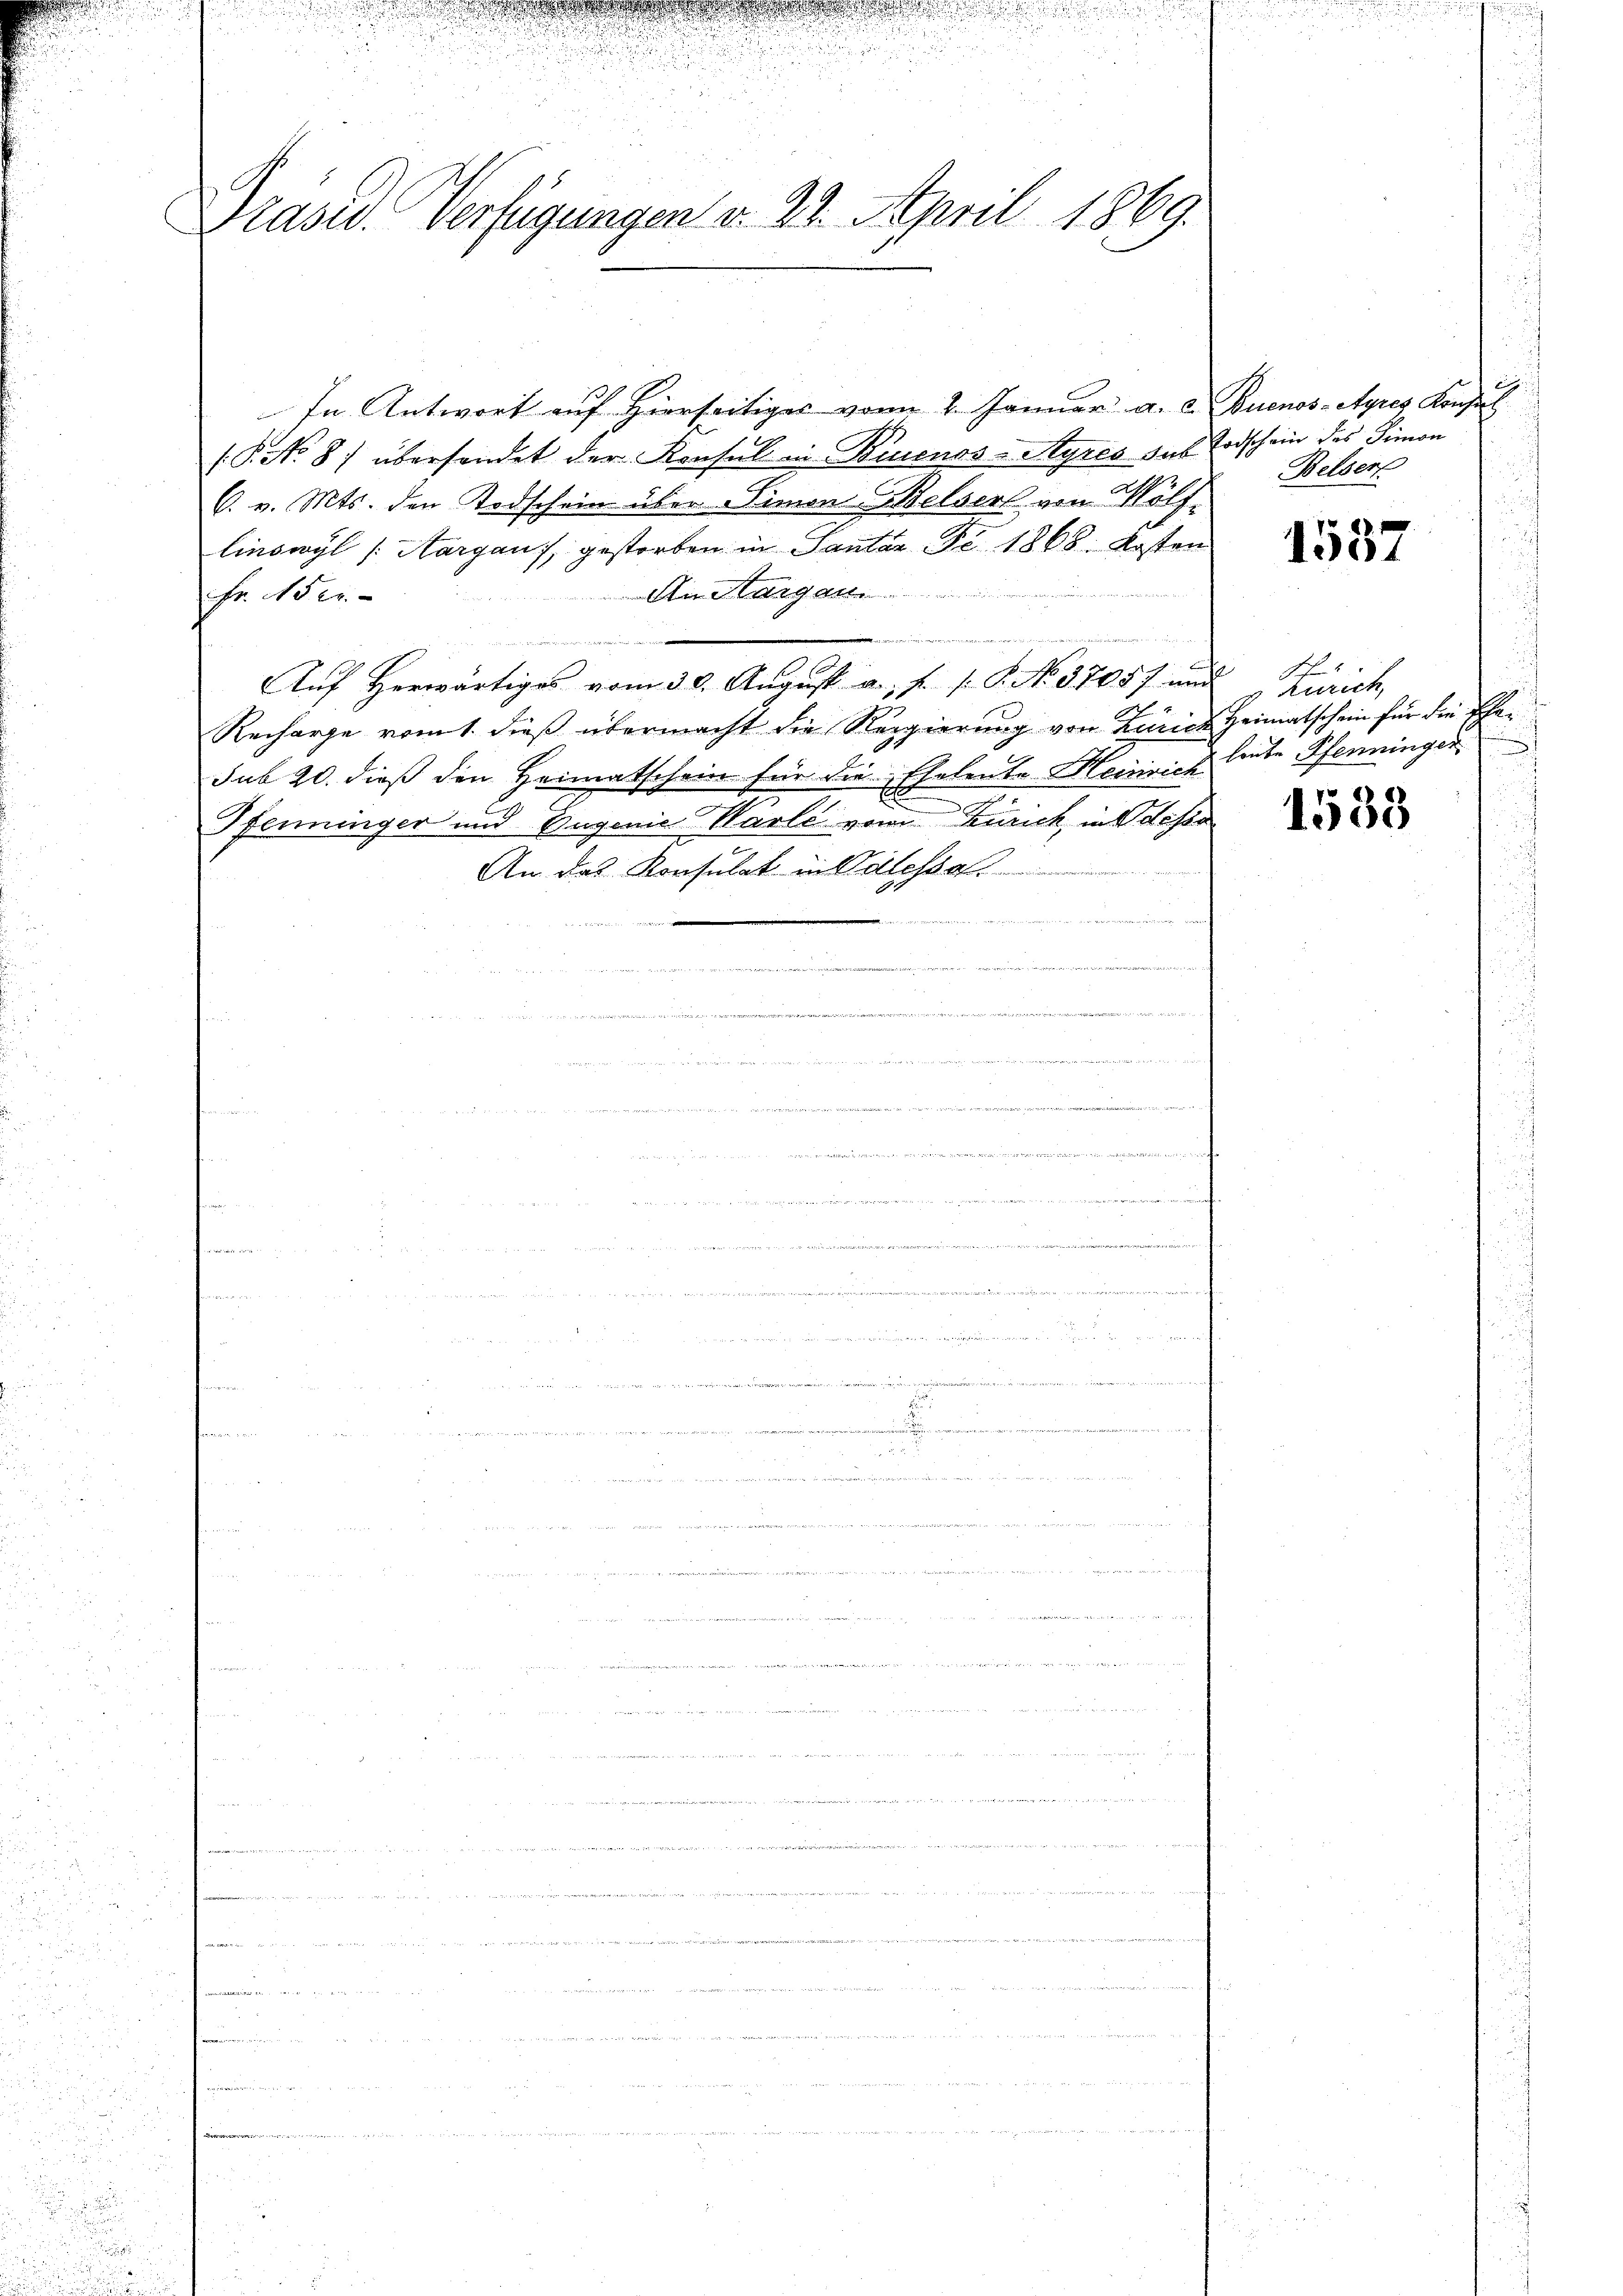
Präsid. Verfügungen v. 22. April 1869.

In Antwort auf hierseitiges vom 2. Januar a. c. Buenos-Ayres Konsul
(P.No. 8) übersendet der Konsul in Biuenos-Ayres das Todschein des Simon
6. v. Mts. den Todschein über Simon Welserl von Hölflinswyl (Aargau), gestorben in Pantar Fr. 1868. Kosten
Am Hungen
Fr. Her
nnden Gelder, den in ich wen
Auf Herwärtiges vom 30. August a. f. s. S. No. 37057 und Zürich,
Recharge vom 1. dieß übermacht die Regierung von Zürich Heimatschein für die Pfasub 20. dieß den Heimatschein für die Eheleute Heinrich leute Pfenninger
.
Pfenninger und Eugenie Warle von Zürich, in desse
An das Konsulat in Adles
henden, in das Verein, und dan

Beldert

1537

Sch

1533